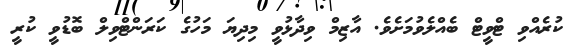
ކުރެއްވި ޓްވީޓް ބެއްލެވުމަށެވެ. އާޒިމް ވިދާޅުވީ މިދިޔަ މަހުގެ ކަރަންޓްވިލް ބޮޑުވީ ކުރީ